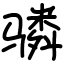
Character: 𬴊